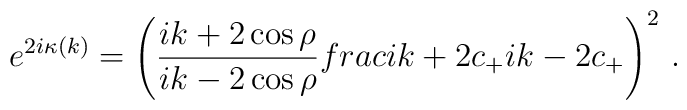
e^{2i\kappa (k)}=\left(\frac{ik+2\cos\rho}{ ik-2\cos\rho}\\frac{ik+2c_+}{ ik-2c_+}\right)^2\, .